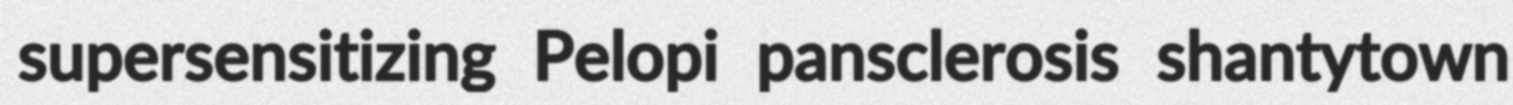
supersensitizing Pelopi pansclerosis shantytown